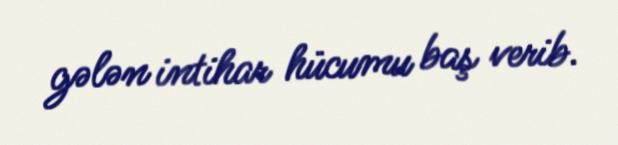
gələn intihar hücumu baş verib.